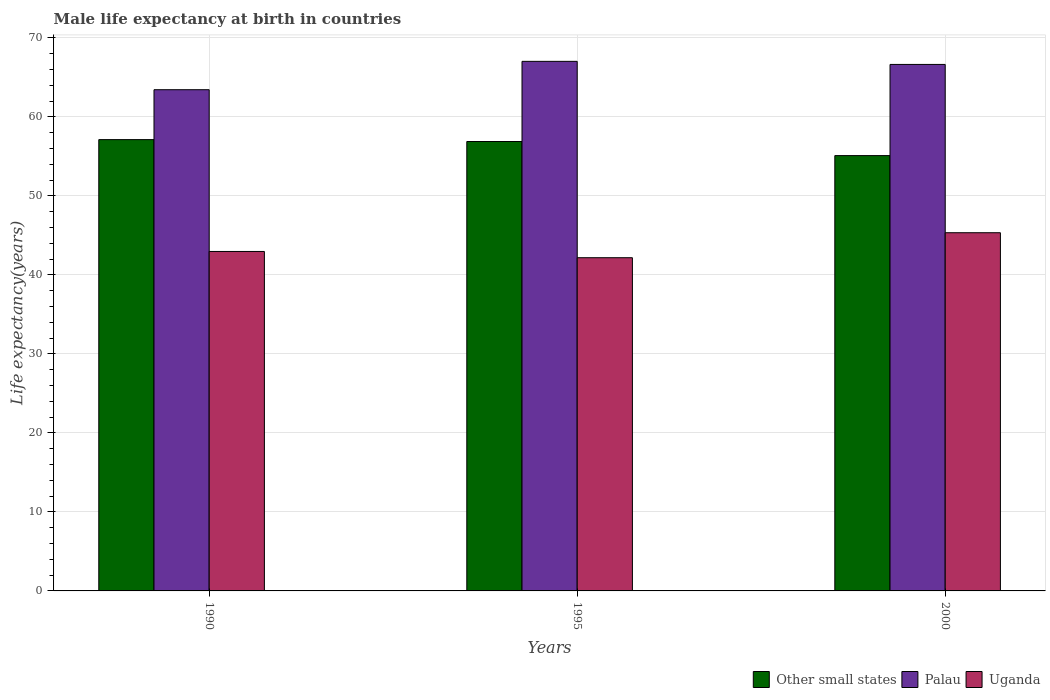
| Years | Other small states | Palau | Uganda |
 | --- | --- | --- | --- |
 | 1990 | 57.1 | 63.4 | 43 |
 | 1995 | 56.9 | 67 | 42.2 |
 | 2000 | 55.1 | 66.6 | 45.3 |